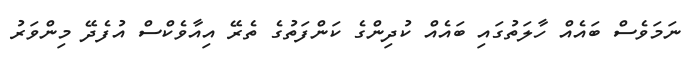
ނަމަވެސް ބައެއް ހާލަތުގައި ބައެއް ކުދިންގެ ކަންފަތުގެ ތެރޭ އިއާވެކްސް އުފެދޭ މިންވަރު